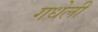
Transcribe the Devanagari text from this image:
गधेली